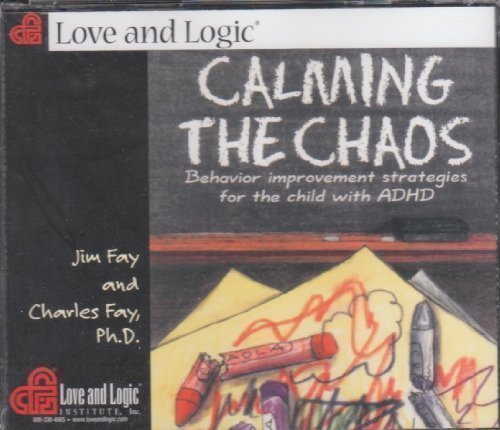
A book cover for Calming the Chaos: Behavior Improvement Strategies for the Child with ADHD; Parenting & Relationships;